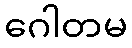
ဂေါတမ